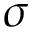
\sigma